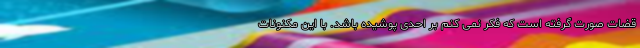
قضات صورت گرفته است که فکر نمی کنم بر احدی پوشیده باشد. با این مکنونات